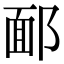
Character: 𨜧